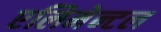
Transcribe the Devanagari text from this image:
एलिमेन्टल